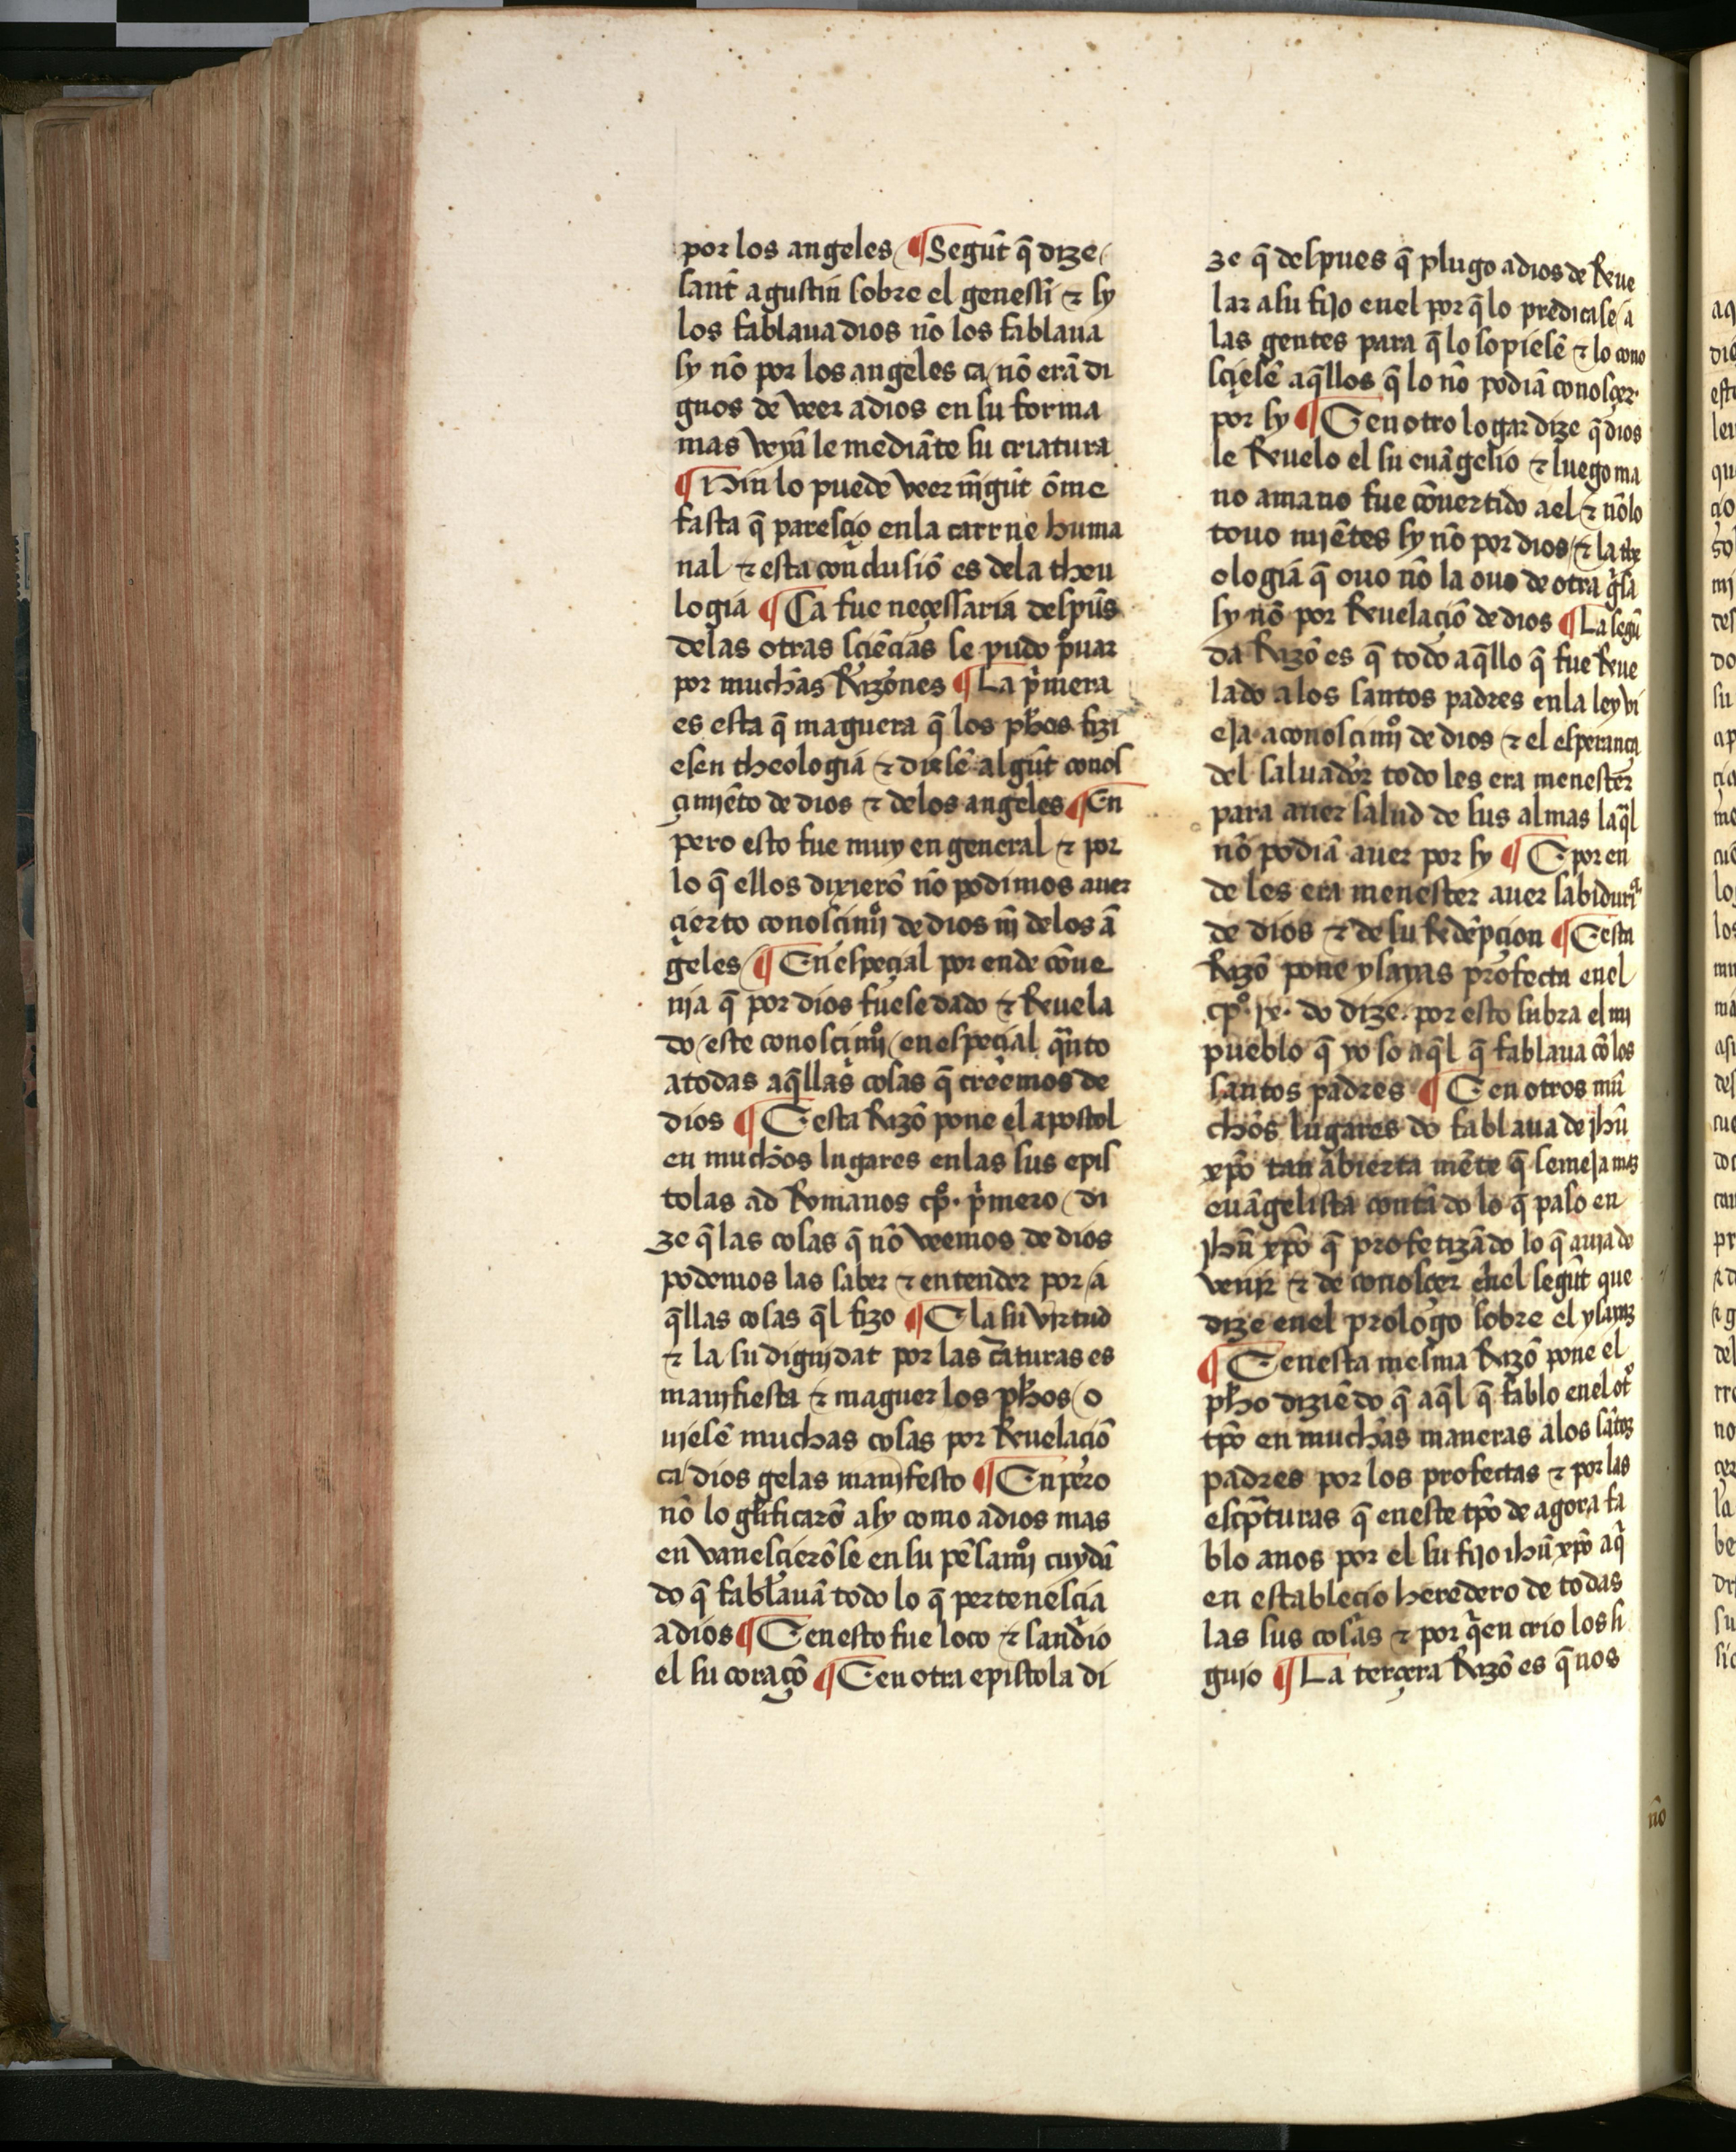
Shelfmark: Salamanca, Biblioteca Histórica USAL, 2709
Century: 15